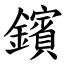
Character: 鑌